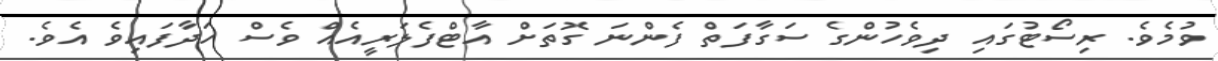
ވުމެވެ. ރިސޯޓުގައި ދިވެހުންގެ ސަގާފަތް ފެންނަ ގޮތަށް އާޓްފެލަރީއެއް ވެސް ހަދާފައިވެ އެވެ.